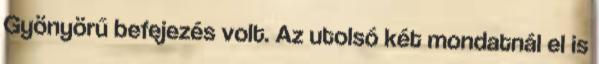
Gyönyörű befejezés volt. Az utolsó két mondatnál el is